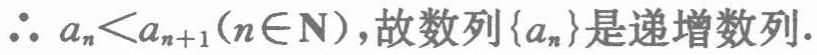
\(\therefore a_{n}<a_{n + 1}(n\in\mathbf{N})\)，故数列\(\{ a_{n}\}\)是递增数列.